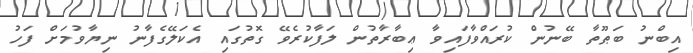
އިބްނު ބަޠޫތާ ބޭނުން ކުރައްވާފައިވާ ޢިބާރާތުން ލަފާކުރެވޭ ގޮތުގައި އެކަލޭގެފާނު ނިޔާވުމަށް ފަހު